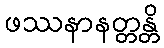
ဖဿနာနတ္တန္တိ